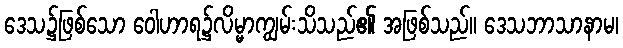
ဒေသ၌ဖြစ်သော ဝေါဟာရ၌လိမ္မာကျွမ်းသိသည်၏ အဖြစ်သည်။ ဒေသဘာသာနာမ၊